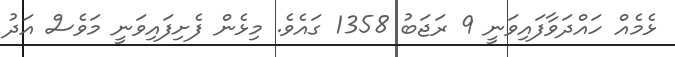
ޅެމެއް ހައްދަވާފައިވަނީ 9 ރަޖަބު 1358 ގައެވެ. މިޅެން ފެށިފައިވަނީ މަވެސް އަދު